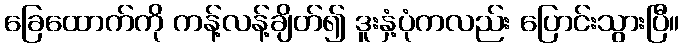
ခြေထောက်ကို ကန့်လန့်ချိတ်၍ ဒူးနှံ့ပုံကလည်း ပြောင်းသွားပြီ။